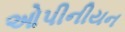
ઓપીનીયન